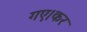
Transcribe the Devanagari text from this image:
गए।कर